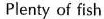
Plenty of fish